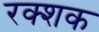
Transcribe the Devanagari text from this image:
रक्शक